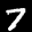
Label: 7